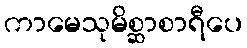
ကာမေသုမိစ္ဆာစာရီပေ